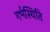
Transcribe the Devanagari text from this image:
गर्भस्थिति